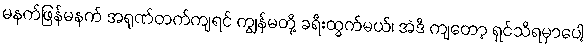
မနက်ဖြန်မနက် အရုဏ်တက်ကျရင် ကျွန်မတို့ ခရီးထွက်မယ်၊ အဲဒီ ကျတော့ ရှင်သိရမှာပေါ့